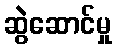
ဆွဲဆောင်မှု